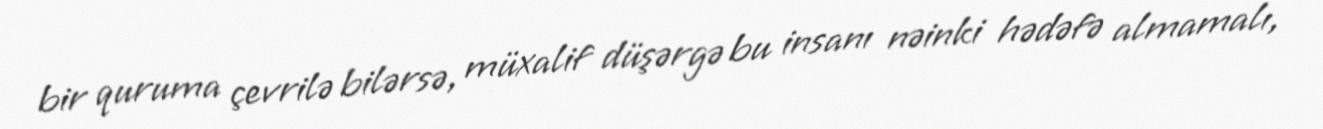
bir quruma çevrilə bilərsə, müxalif düşərgə bu insanı nəinki hədəfə almamalı,